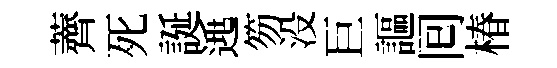
薺死誕𨓱笏没巨謳囘椿